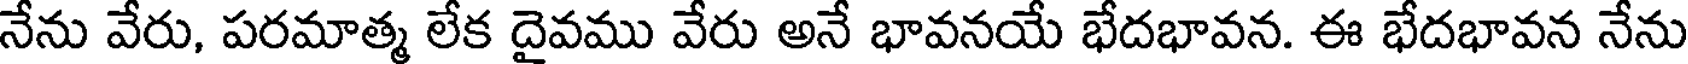
నేను వేరు, పరమాత్మ లేక దైవము వేరు అనే భావనయే భేదభావన. ఈ భేదభావన నేను